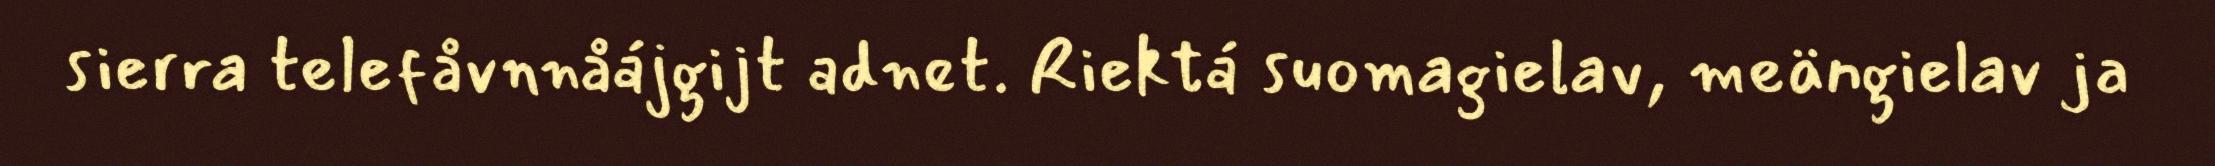
sierra telefåvnnåájgijt adnet. Riektá suomagielav, meängielav ja